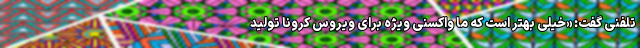
تلفنی گفت: «خیلی بهتر است که ما واکسنی ویژه برای ویروسِ کرونا تولید